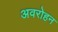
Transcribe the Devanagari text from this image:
अवरोहन